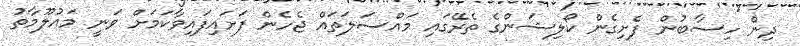
ދިން ހިސާބުން ފެށިގެން ކޯލިޝަންގެ ތެރޭގައި މައްސަލަތައް ޖެހެން ފަށައިފައިވާކަމަށް ވަނީ މައުލޫމާތު